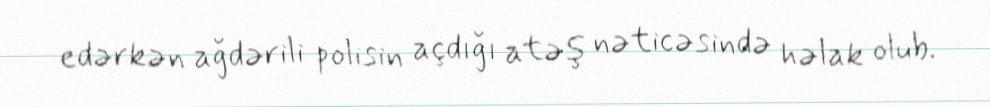
edərkən ağdərili polisin açdığı atəş nəticəsində həlak olub.